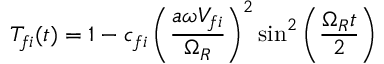
T _ { f i } ( t ) = 1 - c _ { f i } \left( \frac { a \omega V _ { f i } } { \Omega _ { R } } \right) ^ { 2 } \sin ^ { 2 } \left( \frac { \Omega _ { R } t } { 2 } \right)